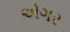
એગર